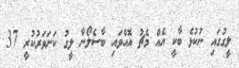
ލީގުގައި ނުކުޅެ ބާކީ އެއް މެޗު އޮއްވައި ބާސެލޯނާ ލީގު ކަށަވަރުކުރީ 37